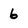
Character: 6